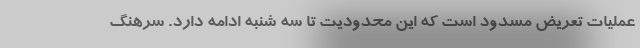
عملیات تعریض مسدود است که این محدودیت تا سه شنبه ادامه دارد. سرهنگ